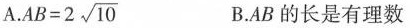
A. $$AB = 2 \sqrt { 10 }$$ B. AB的长是有理数